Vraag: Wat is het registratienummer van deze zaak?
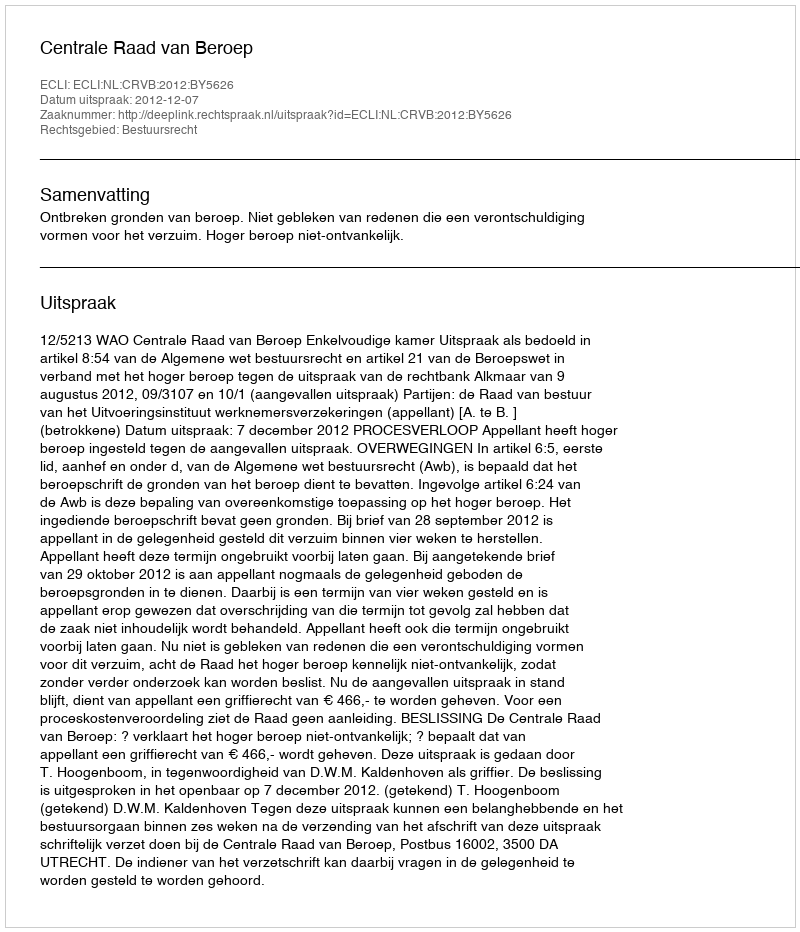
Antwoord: http://deeplink.rechtspraak.nl/uitspraak?id=ECLI:NL:CRVB:2012:BY5626